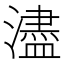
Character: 濜